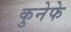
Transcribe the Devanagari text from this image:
कुनेफे